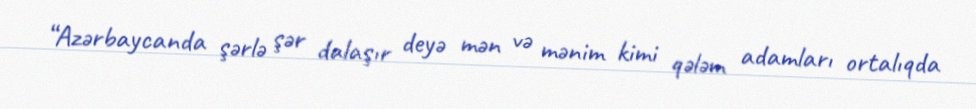
“Azərbaycanda şərlə şər dalaşır deyə mən və mənim kimi qələm adamları ortalıqda